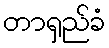
တာရှည်ခံ